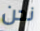
نحن